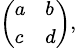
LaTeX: \scriptstyle{\left(\begin{array}{ll}{a}&{b}\\ {c}&{d}\end{array}\right)},